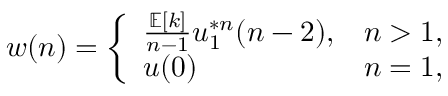
w ( n ) = { \left\{ \begin{array} { l l } { { \frac { \mathbb { E } [ k ] } { n - 1 } } u _ { 1 } ^ { * n } ( n - 2 ) , } & { n > 1 , } \\ { u ( 0 ) } & { n = 1 , } \end{array} \right. }